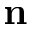
\mathbf { n }